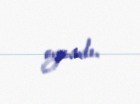
oynadı.